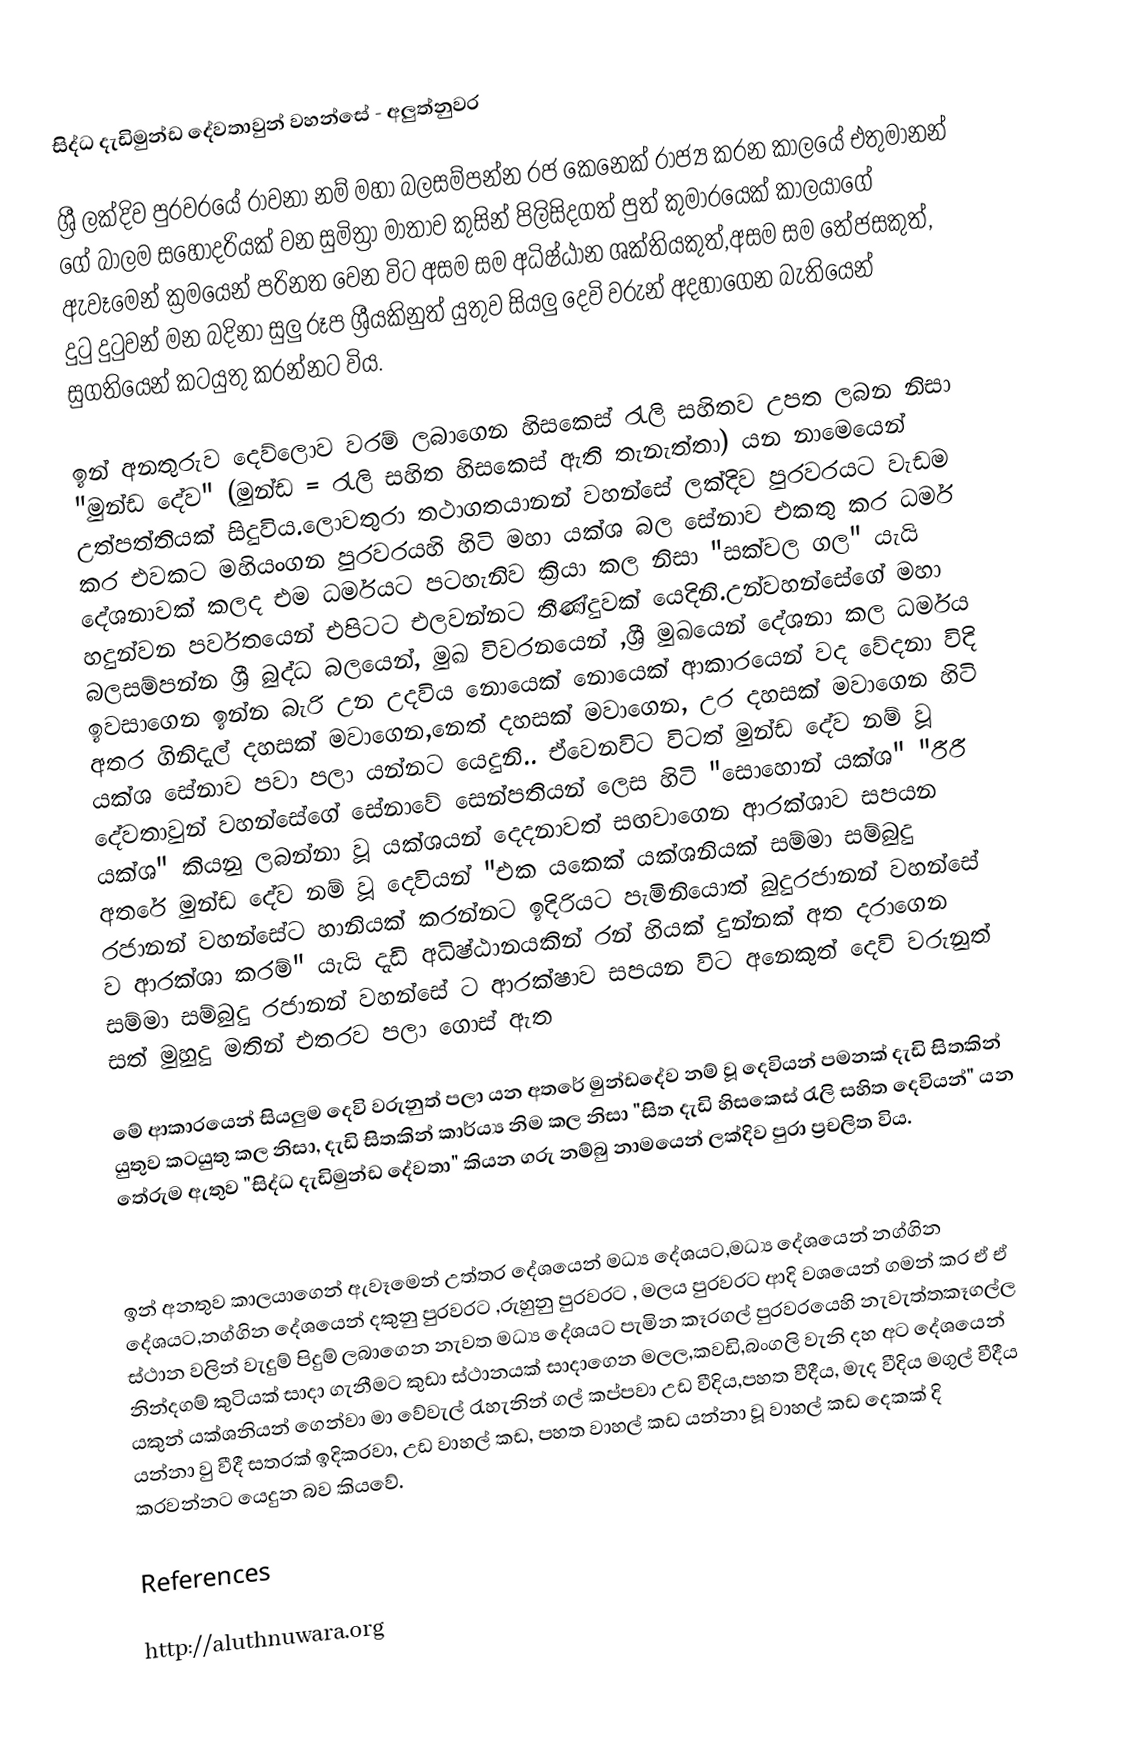
සිද්ධ දැඩිමුන්ඩ දේවතාවුන් වහන්සේ - අලුත්නුවර

ශ්‍රී ලක්දිව පුරවරයේ රාවනා නම් මහා බලසම්පන්න රජ කෙනෙක් රාජ්‍ය කරන කාලයේ එතුමානන් ගේ බාලම සහෝදරියක් වන සුමිත්‍රා මාතාව කුසින් පිලිසිදගත් පුත් කුමාරයෙක් කාලයාගේ ඇවෑමෙන් ක්‍රමයෙන් පරිනත වෙන විට අසම සම අධිෂ්ඨාන ශක්තියකුත්,අසම සම තේජසකුත්, දුටු දුටුවන් මන බදිනා සුලු රූප ශ්‍රීයකිනුත් යුතුව සියලු දෙවි වරුන් අදහාගෙන බැතියෙන් සුගතියෙන් කටයුතු කරන්නට විය.

ඉන් අනතුරුව දෙව්ලොව වරම් ලබාගෙන හිසකෙස් රැලි සහිතව උපත ලබන නිසා "මුන්ඩ දේව" (මුන්ඩ = රැලි සහිත හිසකෙස් ඇති තැනැත්තා) යන නාමෙයෙන් උත්පත්තියක් සිදුවිය.ලොවතුරා තථාගතයානන් වහන්සේ ලක්දිව පුරවරයට වැඩම කර එවකට මහියංගන පුරවරයහි හිටි මහා යක්ශ බල සේනාව එකතු කර ධර්ම දේශනාවක් කලද එම ධර්මයට පටහැනිව ක්‍රියා කල නිසා "සක්වල ගල" යැයි හදුන්වන පර්වතයෙන් එපිටට එලවන්නට තීණ්දුවක් යෙදිනි.උන්වහන්සේගේ මහා බලසම්පන්න ශ්‍රී බුද්ධ බලයෙන්, මුඛ විවරනයෙන් ,ශ්‍රී මුඛයෙන් දේශනා කල ධර්මය ඉවසාගෙන ඉන්න බැරි උන උදවිය නොයෙක් නොයෙක් ආකාරයෙන් වද වේදනා විදි අතර ගිනිදැල් දහසක් මවාගෙන,නෙත් දහසක් මවාගෙන, උර දහසක් මවාගෙන හිටි යක්ශ සේනාව පවා පලා යන්නට යෙදුනි..   ඒවෙනවිට විටත් මුන්ඩ දේව නම් වූ දේවතාවුන් වහන්සේගේ සේනාවේ සෙන්පතියන් ලෙස හිටි "සොහොන් යක්ශ" "රීරී යක්ශ" කියනු ලබන්නා වූ යක්ශයන් දෙදනාවත් සඟවාගෙන ආරක්ශාව සපයන අතරේ මුන්ඩ දේව නම් වූ දෙවියන් "එක යකෙක් යක්ශනියක් සම්මා සම්බුදු රජානන් වහන්සේට හානියක් කරන්නට ඉදිරියට පැමිනියොත් බුදුරජානන් වහන්සේ ව ආරක්ශා කරම්" යැයි දැඩි අධිෂ්ඨානයකින් රන් හියක් දුන්නක් අත දරාගෙන සම්මා සම්බුදු රජානන් වහන්සේ ට ආරක්ෂාව සපයන විට අනෙකුත් දෙවි වරුනුත් සත් මුහුදු මතින් එතරව පලා ගොස් ඇත

මේ ආකාරයෙන් සියලුම දෙවි වරුනුත් පලා යන අතරේ මුන්ඩදේව නම් වූ දෙවියන් පමනක් දැඩි සිතකින් යුතුව කටයුතු කල නිසා, දැඩි සිතකින් කාර්ය්‍ය නිම කල නිසා "සිත දැඩි හිසකෙස් රැලි සහිත දෙවියන්" යන තේරුම ඇතුව "සිද්ධ දැඩිමුන්ඩ දේවතා" කියන ගරු නම්බු නාමයෙන් ලක්දිව පුරා ප්‍රචලිත විය.

ඉන් අනතුව කාලයාගෙන් ඇවෑමෙන් උත්තර දේශයෙන් මධ්‍ය දේශයට,මධ්‍ය දේශයෙන් නග්ගින දේශයට,නග්ගින දේශයෙන් දකුනු පුරවරට ,රුහුනු පුරවරට , මලය පුරවරට ආදි වශයෙන් ගමන් කර ඒ ඒ ස්ථාන වලින් වැදුම් පිදුම් ලබාගෙන නැවත  මධ්‍ය දේශයට පැමින කෑරගල් පුරවරයෙහි නැවැත්තකෑගල්ල නින්දගම් කුටියක් සාදා ගැනීමට කුඩා ස්ථානයක් සාදාගෙන මලල,කවඩි,බංගලි වැනි දහ අට දේශයෙන් යකුන් යක්ශනියන් ගෙන්වා මා වේවැල් රැහැනින් ගල් කප්පවා උඩ වීදිය,පහත වීදීය, මැද වීදිය මගුල් වීදීය යන්නා වු වීදී සතරක් ඉදිකරවා, උඩ වාහල් කඩ, පහත වාහල් කඩ යන්නා වූ වාහල් කඩ දෙකක් දි කරවන්නට යෙදුන බව කියවේ.

References

http://aluthnuwara.org